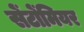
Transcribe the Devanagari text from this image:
सेंटोंमियर